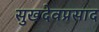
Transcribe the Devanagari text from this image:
सुखदेवप्रसाद